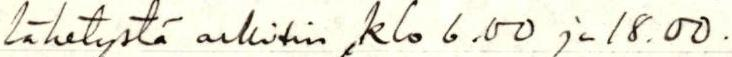
lähetystä arkisin klo 6.00 ja 18.00.